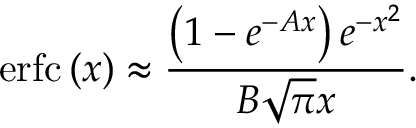
\operatorname { e r f c } \left( x \right) \approx { \frac { \left( 1 - e ^ { - A x } \right) e ^ { - x ^ { 2 } } } { B { \sqrt { \pi } } x } } .